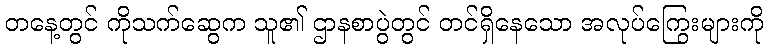
တနေ့တွင် ကိုသက်ဆွေက သူ၏ ဌာနစာပွဲတွင် တင်ရှိနေသော အလုပ်ကြွေးများကို